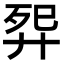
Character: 𬆕